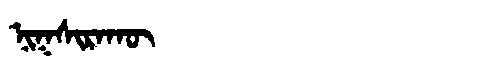
Manchu: ᠨᡳᡴᠰᡳᡵᠠᡴᡡ
Romanization: NIKSIRAKŪ